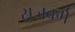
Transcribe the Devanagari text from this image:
राजवर्ग